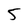
Character: 5